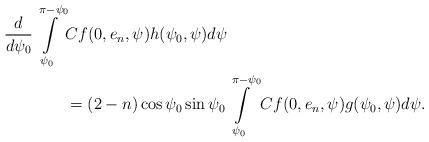
LaTeX: \begin{align*}\frac{d}{d\psi_0}\int\limits_{\psi_0}^{\pi-\psi_0}&Cf(0,e_n,\psi)h(\psi_0,\psi)d\psi\\&= (2-n)\cos \psi_0 \sin\psi_0 \int\limits_{\psi_0}^{\pi-\psi_0}Cf(0,e_n,\psi)g(\psi_0,\psi)d\psi.\end{align*}